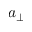
a _ { \perp }